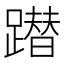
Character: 𨅕